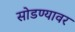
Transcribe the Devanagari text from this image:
सोडण्यावर